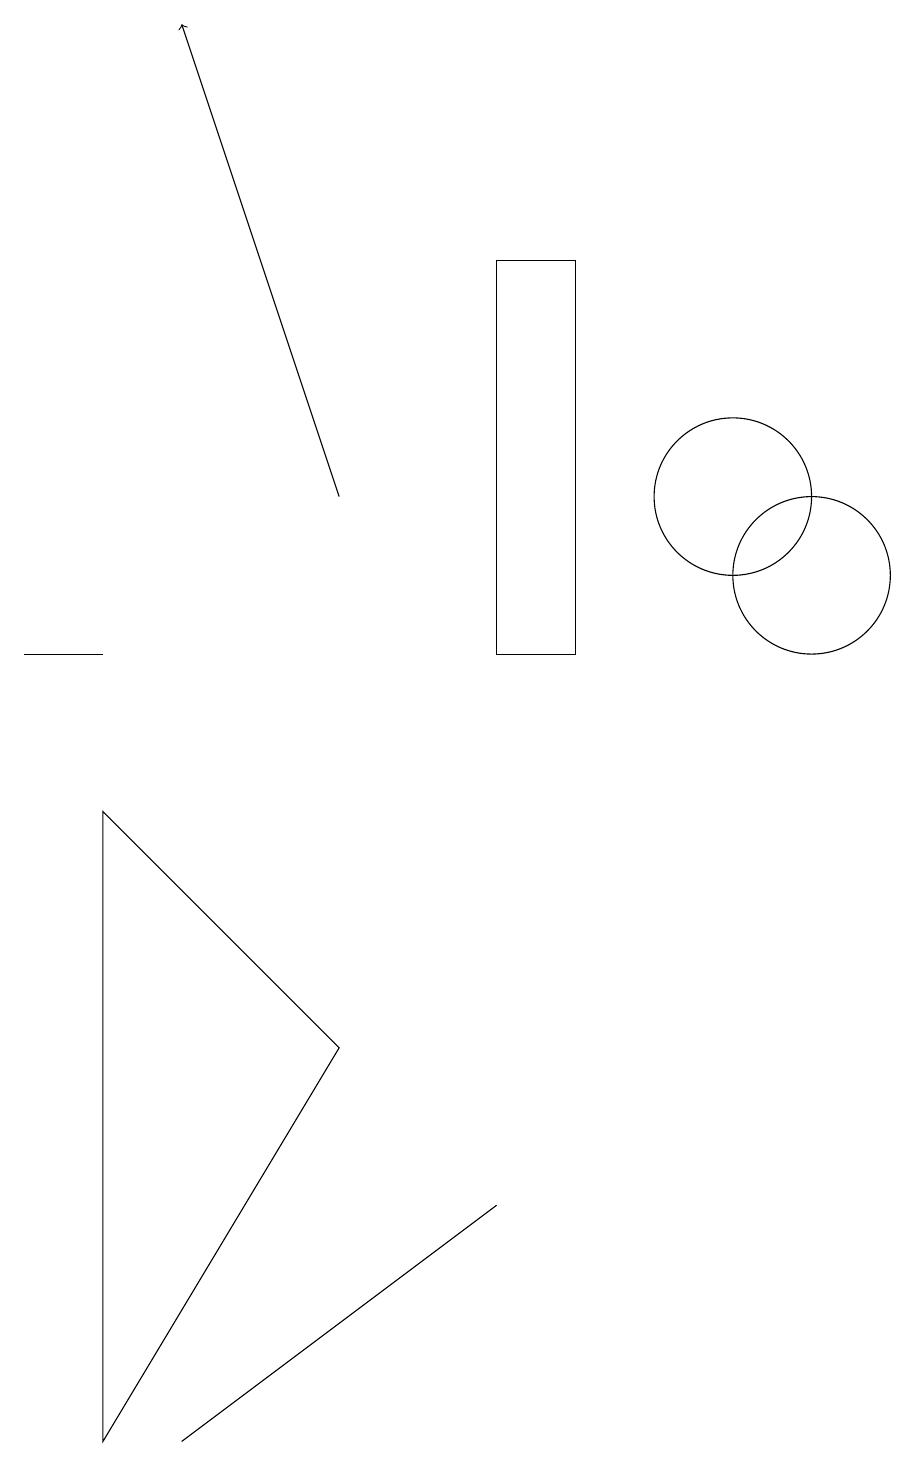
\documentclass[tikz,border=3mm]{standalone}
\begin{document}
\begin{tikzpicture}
\draw (1,10) rectangle (2,10);
\draw (11,11) circle (1);
\draw (10,12) circle (1);
\draw (7,3) -- (3,0) -- (3,0) -- cycle;
\draw (2,8) -- (2,0) -- (5,5) -- cycle;
\draw (8,10) rectangle (7,15);
\draw[->] (5,12) -- (3,18);
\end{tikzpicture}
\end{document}